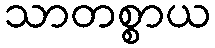
သာတစ္စာယ